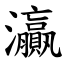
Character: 灜